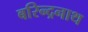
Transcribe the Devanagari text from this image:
बरिन्द्रनाथ